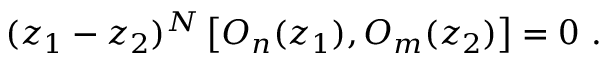
( z _ { 1 } - z _ { 2 } ) ^ { N } \left[ O _ { n } ( z _ { 1 } ) , O _ { m } ( z _ { 2 } ) \right] = 0 \ .